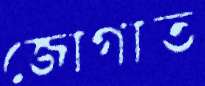
জোগাত